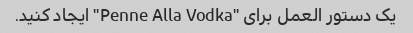
یک دستور العمل برای "Penne Alla Vodka" ایجاد کنید.